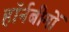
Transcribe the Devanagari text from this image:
हॉर्नबीमों